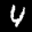
Label: 4